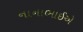
નાનાભાઈએ